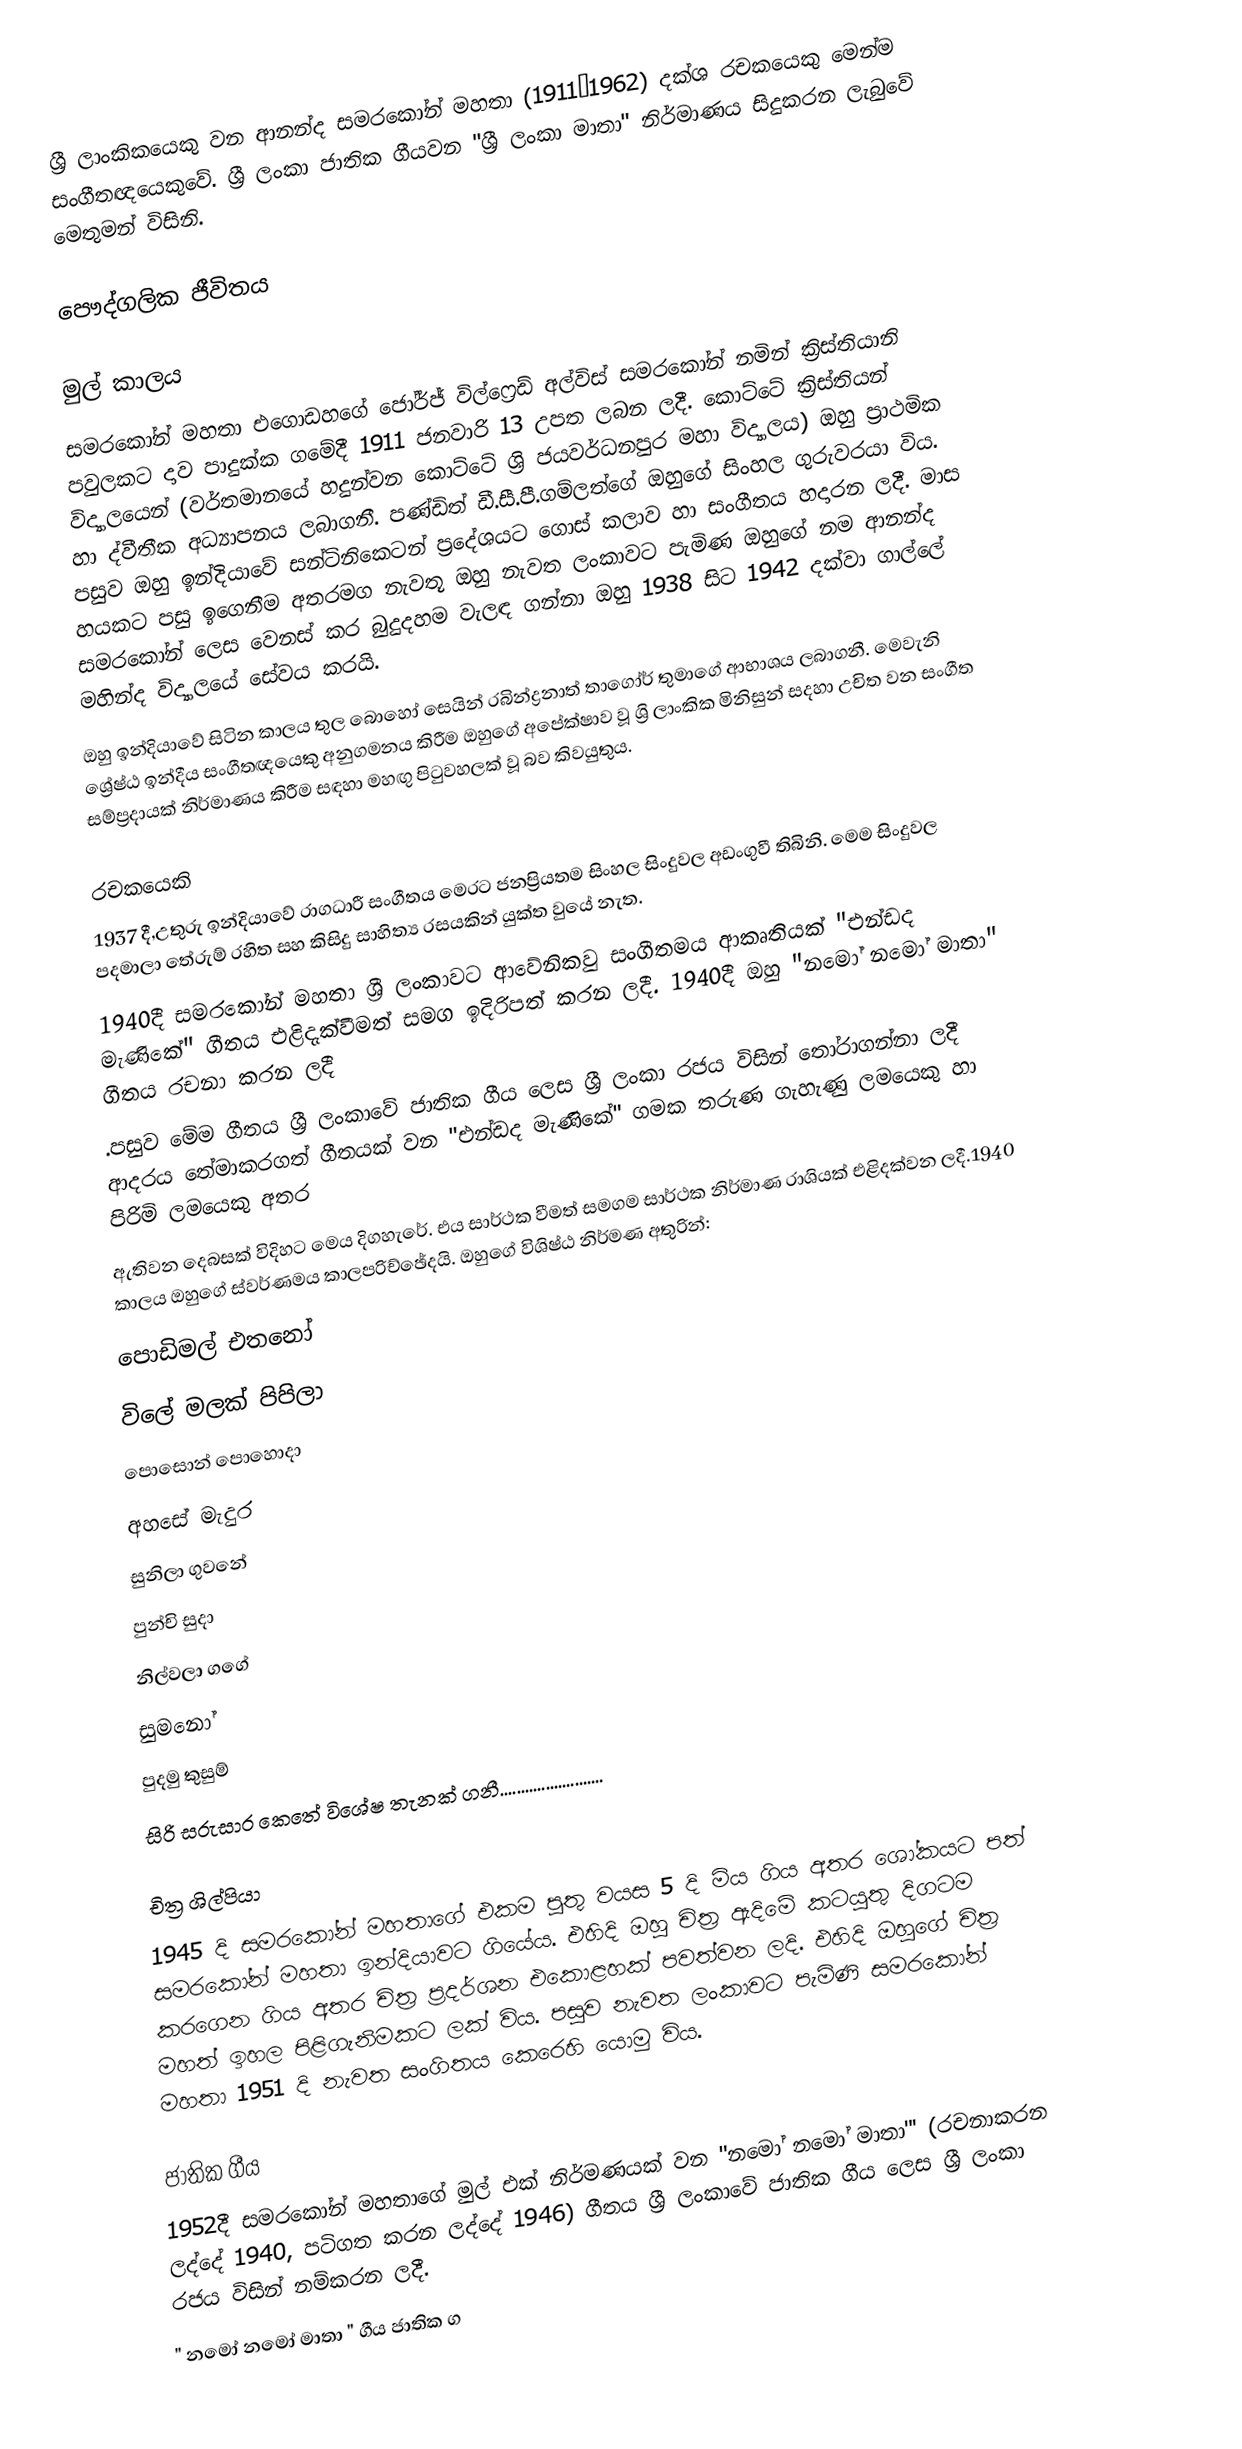
ශ්‍රී ලාංකිකයෙකු වන ආනන්ද සමරකෝන් මහතා (1911–1962) දක්ශ රචකයෙකු මෙන්ම සංගීතඥයෙකුවේ. ශ්‍රී ලංකා ජාතික ගීයවන "ශ්‍රී ලංකා මාතා" නිර්මාණය සිදුකරන ලැබුවේ මෙතුමන් විසිනි.

පෞද්ගලික ජීවිතය

මුල් කාලය
සමරකෝන් මහතා එගොඩහගේ ජෝර්ජ් විල්ෆ්‍රෙඩ් අල්විස් සමරකෝන් නමින් ක්‍රිස්තියානි පවුලකට දාව පාදුක්ක ගමේදී 1911 ජනවාරි 13 උපත ලබන ලදී. කොට්ටේ ක්‍රිස්තියන් විද්‍යාලයෙන් (වර්තමානයේ හදුන්වන කොට්ටේ ශ්‍රි ජයවර්ධනපුර මහා විද්‍යාලය) ඔහු ප්‍රාථමික හා ද්වීතීක අධ්‍යාපනය ලබාගනී. පණ්ඩිත් ඩී.සී.පී.ගම්ලත්ගේ ඔහුගේ සිංහල ගුරුවරයා විය. පසුව ඔහු ඉන්දියාවේ සන්ටිනිකෙටන් ප්‍රදේශයට ගොස් කලාව හා සංගීතය හදාරන ලදී. මාස හයකට පසු ඉගෙනීම අතරමග නැවතූ ඔහු නැවත ලංකාවට පැමිණ ඔහුගේ නම ආනන්ද සමරකෝන් ලෙස වෙනස් කර බුදුදහම වැලඳ ගන්නා ඔහු 1938 සිට 1942 දක්වා ගාල්ලේ මහින්ද විද්‍යාලයේ සේවය කරයි.
ඔහු ඉන්දියාවේ සිටින කාලය තුල බොහෝ සෙයින් රබින්ද්‍රනාත් තාගෝර් තුමාගේ ආභාශය ලබාගනී. මෙවැනි ශ්‍රේෂ්ඨ ඉන්දීය සංගීතඥයෙකු අනුගමනය කිරීම ඔහුගේ අපේක්ෂාව වූ ශ්‍රි ලාංකික මිනිසුන් සදහා උචිත වන සංගීත සම්ප්‍රදායක් නිර්මාණය කිරීම සඳහා මහඟු පිටුවහලක් වූ බව කිවයුතුය.

රචකයෙකි
1937 දී,උතුරු ඉන්දියාවේ රාගධාරී සංගීතය මෙරට ජනප්‍රියතම සිංහල සිංදුවල අඩංගුවී තිබිනි. මෙම සිංදුවල පදමාලා  තේරුම් රහිත සහ කිසිදු සාහිත්‍ය රසයකින් යුක්ත වුයේ නැත.
1940දී සමරකෝන් මහතා ශ්‍රී ලංකාවට ආවේනිකවු සංගීතමය ආකෘතියක්  "එන්ඩද මැණිකේ" ගීතය එළිදැක්වීමත් සමග ඉදිරිපත් කරන ලදී. 1940දී  ඔහු  "නමෝ නමෝ මාතා" ගීතය  රචනා කරන ලදී
.පසුව මේම ගීතය  ශ්‍රී ලංකාවේ ජාතික ගීය ලෙස ශ්‍රී ලංකා රජය විසින් තෝරාගන්නා ලදී ආදරය තේමාකරගත් ගීතයක් වන "එන්ඩද මැණිකේ"  ගමක තරුණ ගැහැණු ලමයෙකු හා පිරිමි ලමයෙකු අතර
ඇතිවන දෙබසක් විදිහට මෙය දිගහැරේ. එය සාර්ථක වීමත් සමගම සාර්ථක නිර්මාණ රාශියක් එළිදක්වන ලදී.1940 කාලය ඔහුගේ ස්වර්ණමය කාලපරිච්ඡේදයි. ඔහුගේ විශිෂ්ඨ නිර්මණ අතුරින්:
 පොඩිමල් එතනෝ
 විලේ මලක් පිපිලා
 පොසොන් පොහොදා
 අහසේ මැදුර
 සුනිලා ගුවනේ
 පුන්චි සුදා
 නිල්වලා ගගේ
 සුමනෝ
 පුදමු කුසුම්
 සිරි සරුසාර කෙතේ                         විශේෂ තැනක් ගනී.........................

චිත්‍ර ශිල්පියා
1945 දි සමරකෝන් මහතාගේ එකම පුතු වයස 5 දි මිය ගිය අතර ශෝකයට පත් සමරකෝන් මහතා ඉන්දියාවට ගියේය. එහිදි ඔහු චිත්‍ර ඇදිමේ කටයුතු දිගටම කරගෙන ගිය අතර චිත්‍ර ප්‍රදර්ශන එකොළහක් පවත්වන ලදි. එහිදි ඔහුගේ චිත්‍ර මහත් ඉහල පිළිගැනිමකට ලක් විය. පසුව නැවත ලංකාවට පැමිණි සමරකෝන් මහතා 1951 දි නැවත සංගිතය කෙරෙහි යොමු විය.

ජාතික ගීය
1952දී සමරකෝන් මහතාගේ  මුල්  එක් නිර්මණයක් වන "නමෝ නමෝ මාතා"' (රචනාකරන ලද්දේ 1940, පටිගත කරන ලද්දේ 1946) ගීතය ශ්‍රී ලංකාවේ ජාතික ගීය ලෙස ශ්‍රී ලංකා රජය විසින් නම්කරන ලදී.
" නමෝ නමෝ මාතා " ගීය ජාතික ග